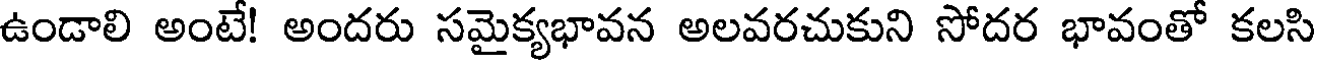
ఉండాలి అంటే! అందరు సమైక్యభావన అలవరచుకుని సోదర భావంతో కలసి